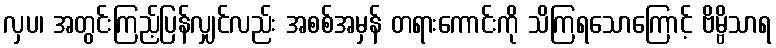
လှပ၊ အတွင်းကြည့်ပြန်လျှင်လည်း အစစ်အမှန် တရားကောင်းကို သိကြရသောကြောင့် ဗိမ္ဗိသာရ